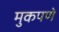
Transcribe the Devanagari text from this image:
मुकपणे